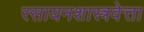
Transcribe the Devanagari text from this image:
रसायनशास्त्रवेत्ता